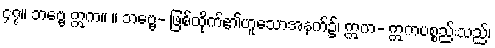
၄၇။ ဘဗ္ဗေ ဣက။ ။ ဘဗ္ဗေ- ဖြစ်ထိုက်၏ဟူသောအနက်၌၊ ဣက- ဣကပစ္စည်းသည်၊